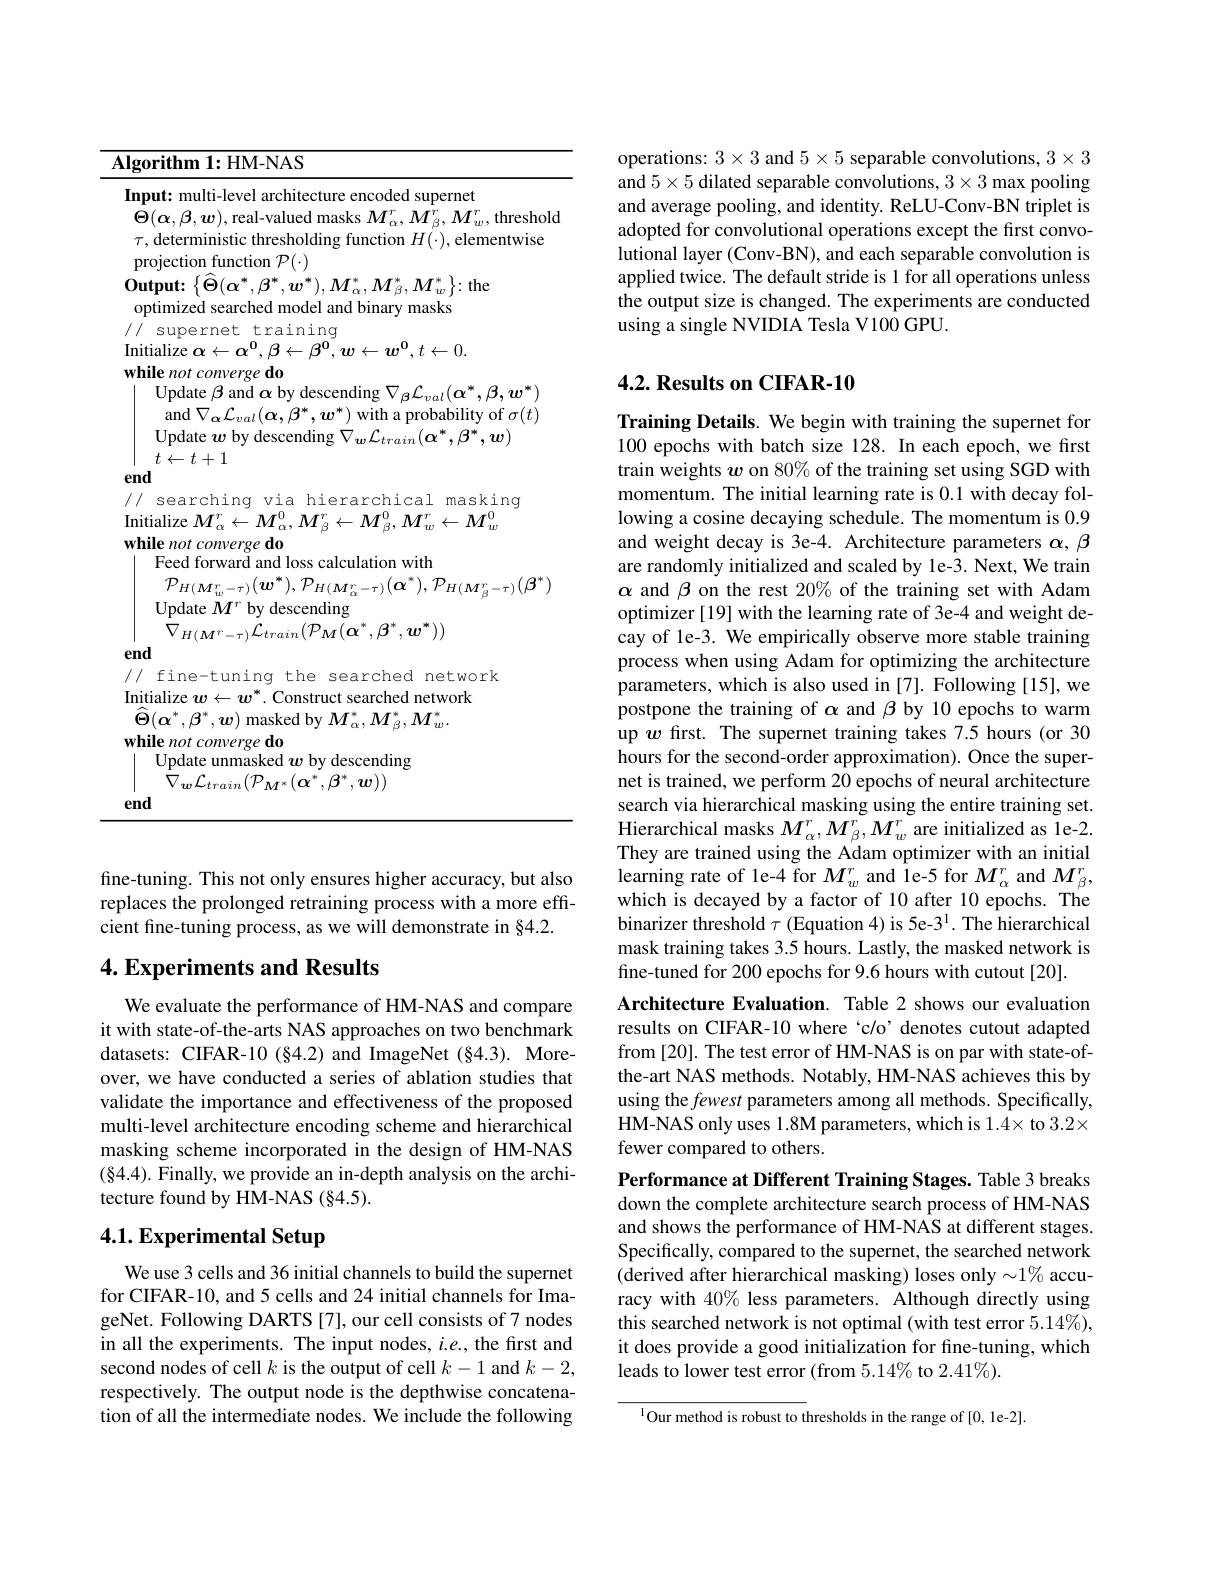
<table>
	<tbody>
		<tr>
			<td>Input: multi-level architecture encoded super</td>
			<td>$In$ </td>
			<td>multi-level architecture encoded supernet</td>
		</tr>
		<tr>
			<td>$\tau$,deterministic thresholding function $H(\cdot)$ projection function $\mathcal{P}(\cdot)$</td>
			<td>$T$ $P$</td>
			<td>terministic thresholding function $H(\cdot)$,elementwise ction function $\mathcal{P}(\cdot)$</td>
		</tr>
		<tr>
			<td>$\mathbf{Output:}\left\{\widehat{\Theta}(\boldsymbol{\alpha}^{*},\boldsymbol{\beta}^{*},\boldsymbol{w}^{*}),M_{\alpha}^{*},M_{\beta}^{*},M_{w}^{*}\right\}$ optimized searched model and binary masks</td>
			<td>0 0</td>
			<td>$:\{\ddot{\Theta}(\boldsymbol{\alpha}^{*},\boldsymbol{\beta}^{*},\boldsymbol{w}^{*}),M_{\alpha}^{*},M_{\beta}^{*},M_{w}^{*}\}:$the $\mathbf{t}:$ nized searched model and binary masks</td>
		</tr>
		<tr>
			<td>Update $\beta$ and $\alpha$ by descending $\nabla_{\beta}\mathcal{L}_{val}($ and $\nabla_{\alpha}\mathcal{L}_{val}(\boldsymbol{\alpha},\boldsymbol{\beta}^{*},\boldsymbol{w}^{*})$ with a probab Update $w$ by descending ${\mathbf{g} }$ $\nabla _{\boldsymbol{w}}{\mathcal{L} }_{train}( \boldsymbol{c})$</td>
			<td> </td>
			<td>pdate $\beta$ and $\alpha$ by descending $V_{\beta}L_{v\alpha}$ $\boldsymbol{x}^{*},\boldsymbol{\beta},\boldsymbol{w}^{*}$ $\operatorname{nd}\nabla_{\boldsymbol{\alpha}}\mathcal{L}_{val}(\alpha,\beta^{*},w^{*})$ with a probability of $\sigma(t)$ odate $w$ bv descending $\nabla_{m}\hat{L}_{t}$ $1\boldsymbol{\gamma}^{n}$ $\sum_{i=1}^{m}2in$</td>
		</tr>
		<tr>
			<td>$\mathbf{M} _{w}^{^{\prime }}- \tau ) ( \mathbf{w}$ $) , r$ $H( \mathbf{M}$ $M_{\alpha}^{\prime}=\tau)(\mathbf{u}$ Update $M^{r}$ by descending $\nabla_{H(\boldsymbol{M}^{r}-\tau)}\mathcal{L}_{train}(\mathcal{P}_{\boldsymbol{M}}(\boldsymbol{\alpha}^{*},\boldsymbol{\beta}^{*},\boldsymbol{w}^{*}))$ end</td>
			<td>$en$</td>
			<td>$-\tau)\setminus\mathbf{w}$ $H\left ( M\right . _{\beta }- \tau ) \left ( \mu \right )$ pdate $M^r$ by descending $7_{H(\boldsymbol{M}^{r}-\tau)}\mathcal{L}_{train}(\mathcal{P}_{\boldsymbol{M}}(\boldsymbol{\alpha}^{*},\boldsymbol{\beta}^{*},\boldsymbol{w}^{*}))$</td>
		</tr>
		<tr>
			<td>end</td>
			<td>en</td>
			<td> </td>
		</tr>
	</tbody>
</table>

fine-tuning. This not only ensures higher accuracy, but also replaces the prolonged retraining process with a more effcient fine-tuning process, as we will demonstrate in §4.2.

## 4. Experiments and Results

We evaluate the performance of HM-NAS and compare it with state-of-the-arts NAS approaches on two benchmark datasets: CIFAR-10(§4.2) and ImageNet (§4.3). Moreover, we have conducted a series of ablation studies that validate the importance and effectiveness of the proposed multi-level architecture encoding scheme and hierarchical masking scheme incorporated in the design of HM-NAS (84.4). Finally, we provide an in-depth analysis on the architecture found by HM-NAS (§4.5).

## 4.1. Experimental Setup

We use 3 cells and 36 initial channels to build the supernet for CIFAR-10, and 5 cells and 24 initial channels for ImageNet. Following DARTS [7], our cell consists of 7 nodes in all the experiments. The input nodes, $i.e.$, the first and second nodes of cell $k$ is the output of cell $k-1$ and $k-2$, respectively. The output node is the depthwise concatena- $\hat{\text{tion of all the intermediate nodes. We include the following}}$

operations: $3\times3$ and $5\times5$ separable convolutions, $3\times3$ $\hat{\text{and }5}\times5$ dilated separable convolutions, $3\times3$ max pooling and average pooling, and identity. ReLU-Conv-BN triplet is adopted for convolutional operations except the first convolutional layer (Conv-BN), and each separable convolution is applied twice. The default stride is 1 for all operations unless the output size is changed. The experiments are conducted using a single NVIDIA Tesla V100 GPU.

## 4.2. Results on CIFAR-10

Training Details. We begin with training the supernet for 100 epochs with batch size 128. In each epoch, we first train weights $w$ on 80% of the training set using SGD with momentum. The initial learning rate is 0.1 with decay following a cosine decaying schedule. The momentum is 0.9 and weight decay is 3e-4. Architecture parameters $\alpha,\beta$ are randomly initialized and scaled by le-3. Next, We train $\alpha$ and $\beta$ on the rest 20% of the training set with Adam optimizer [19] with the learning rate of 3e-4 and weight decay of le-3. We empirically observe more stable training process when using Adam for optimizing the architecture parameters, which is also used in [7]. Following [15], we postpone the training of $\alpha$ and $\beta$ by 10 epochs to warm up $w$ first. The supernet training takes 7.5 hours (or 30 hours for the second-order approximation). Once the supernet is trained, we perform 20 epochs of neural architecture search via hierarchical masking using the entire training set. Hierarchical masks $M_\alpha^r,M_\beta^r,M_w^r$ are initialized as 1e-2. They are trained using the Adam optimizer with an initial learning rate of le-4 for $M_w^r$ and le-5 for $M_\alpha^r$ and $M_\beta^r$, which is decayed by a factor of 10 after 10 epochs. The binarizer threshold $\tau$ (Equation 4) is 5e-3$^1.$ The hierarchical mask training takes 3.5 hours. Lastly, the masked network is fine-tuned for 200 epochs for 9.6 hours with cutout [20].
Architecture Evaluation. Table 2 shows our evaluation results on CIFAR-10 where‘c/o’denotes cutout adapted from [20]. The test error of HM-NAS is on par with state-ofthe-art NAS methods. Notably, HM-NAS achieves this by using the fewest parameters among all methods. Specifically, HM-NAS only uses 1.8M parameters, which is 1.4× to 3.2× fewer compared to others.
Performance at Different Training Stages. Table 3 breaks down the complete architecture search process of HM-NAS and shows the performance of HM-NAS at different stages.

Specifically, compared to the supernet, the searched network (derived after hierarchical masking) loses only$\sim1\%$ accuracy with 40% less parameters. Although directly using this searched network is not optimal (with test error $5.14\%)$, it does provide a good initialization for fine-tuning, which leads to lower test error (from 5.14% to 2.41%).

$^{\mathrm{l}}$Our method is robust to thresholds in the range of [0, 1e-2].